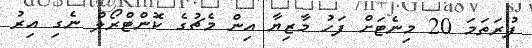
ފުރަތަމަ 20 މިނެޓަށް ފަހު މާޒިޔާ އިން މެޗުގެ ކޮންޓްރޯލް ނެގި އިރު